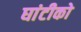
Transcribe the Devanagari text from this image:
घांटीको